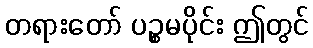
တရားတော် ပဉ္စမပိုင်း ဤတွင်